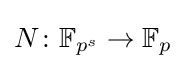
N\colon \mathbb {F} _{p^{s}}\rightarrow \mathbb {F} _{p}